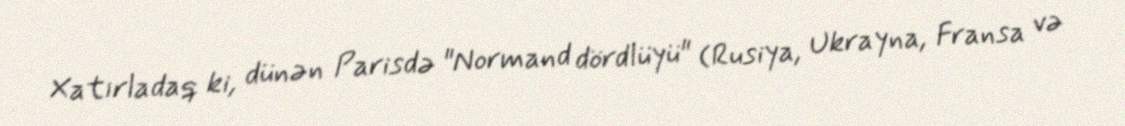
Xatırladaq ki, dünən Parisdə "Normand dördlüyü" (Rusiya, Ukrayna, Fransa və